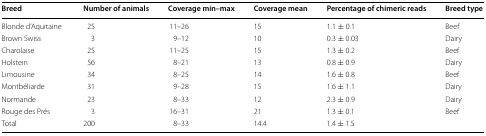
<table><thead><tr><td><b>Breed</b></td><td><b>Number of animals</b></td><td><b>Coverage min–max</b></td><td><b>Coverage mean</b></td><td><b>Percentage of chimeric reads</b></td><td><b>Breed type</b></td></tr></thead><tbody><tr><td>Blonde d’Aquitaine</td><td>25</td><td>11–26</td><td>15</td><td>1.1 ± 0.1</td><td>Beef</td></tr><tr><td>Brown Swiss</td><td>3</td><td>9–12</td><td>10</td><td>0.3 ± 0.03</td><td>Dairy</td></tr><tr><td>Charolaise</td><td>25</td><td>11–25</td><td>15</td><td>1.3 ± 0.2</td><td>Beef</td></tr><tr><td>Holstein</td><td>56</td><td>8–21</td><td>13</td><td>0.8 ± 0.9</td><td>Dairy</td></tr><tr><td>Limousine</td><td>34</td><td>8–25</td><td>14</td><td>1.6 ± 0.8</td><td>Beef</td></tr><tr><td>Montbéliarde</td><td>31</td><td>9–28</td><td>15</td><td>1.6 ± 1.1</td><td>Dairy</td></tr><tr><td>Normande</td><td>23</td><td>8–33</td><td>12</td><td>2.3 ± 0.9</td><td>Dairy</td></tr><tr><td>Rouge des Prés</td><td>3</td><td>16–31</td><td>21</td><td>1.3 ± 0.1</td><td>Beef</td></tr><tr><td>Total</td><td>200</td><td>8–33</td><td>14.4</td><td>1.4 ± 1.5</td><td></td></tr></tbody></table>